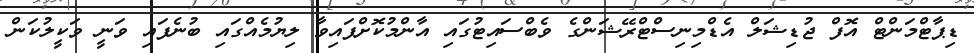
ޑިޕާޓްމަންޓް އޮފް ޖުޑިޝަލް އެޑްމިނިސްޓްރޭޝަންގެ ވެބްސައިޓުގައި އާންމުކޮށްފައިވާ ލިޔުމެއްގައި ބުނެފައި ވަނީ ވަކީލުކަން